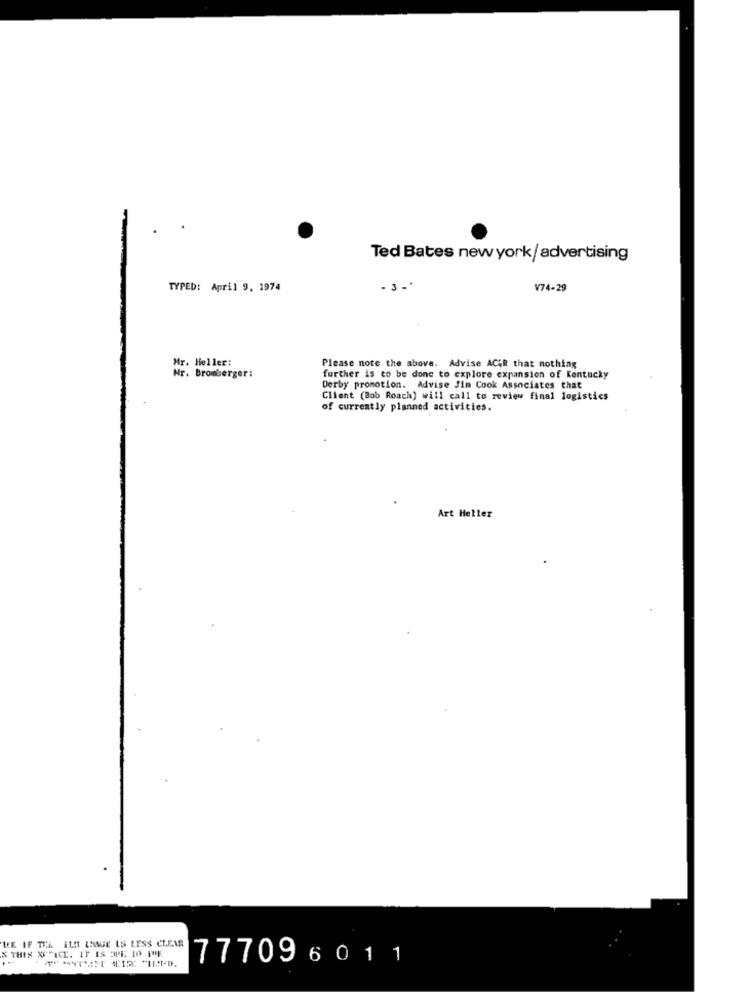
Ted Bates new york/ advertising
TYPED: April 9, 1974
- 3 -*
V74-29
Mr. Heller:
Please note the above. Advise ACER that nothing
Nr. Bromberger:
further is to be done to explore expansion of Kentucky
Derby promotion. Advise Jim Cook Associates that
Client (Bob Roach) will call to review final logistics
of currently planned activities.
Art Heller
N THIS NOTICE. IT IS 3PE 10 PIE
LE IF TEL ELIT ANAGE IS LESS CLEAR
777096011